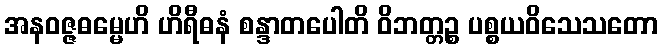
အနဝဇ္ဇဓမ္မေဟိ ဟိရီဓနံ စန္ဒာတပေါတိ ဝိဘတ္တဉ္စ ပစ္စယဝိသေသတော